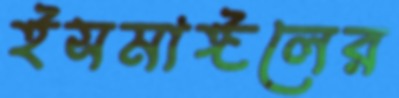
ইসমাঈলের